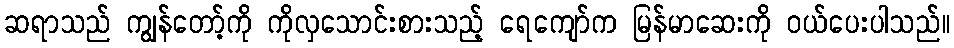
ဆရာသည် ကျွန်တော့်ကို ကိုလှသောင်းစားသည့် ရေကျော်က မြန်မာဆေးကို ဝယ်ပေးပါသည်။